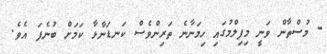
- މުސްތާން ވަނީ މިފިލްމުގައި ހިމަނާނެ ތަރިންވެސް ކަނޑަނާޅާ ކަމަށް ބުނެފަ އެވެ.